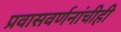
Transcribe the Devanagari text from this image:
प्रवासवर्णनांचीही